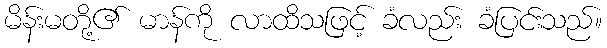
မိန်းမတို့၏ မာန်ကို လာထိသဖြင့် ခံလည်း ခံပြင်းသည်။